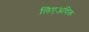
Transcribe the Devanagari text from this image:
लिएअधिक